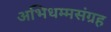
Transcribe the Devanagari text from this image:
अभिधम्मसंग्रह